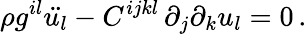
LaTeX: {\rho g^{il}\ddot{u_{l}}-C^{ijkl}\, {\partial_{j}\partial_{k}u_{l}}=0\, .}